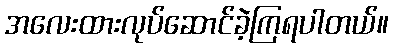
အလေးထားလုပ်ဆောင်ခဲ့ကြရပါတယ်။